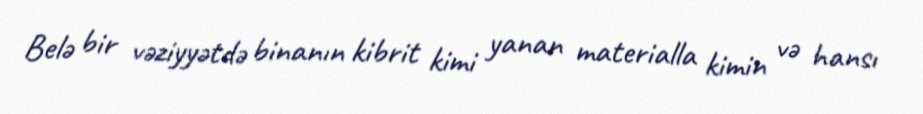
Belə bir vəziyyətdə binanın kibrit kimi yanan materialla kimin və hansı